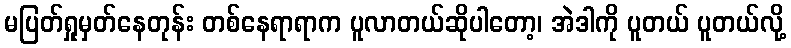
မပြတ်ရှုမှတ်နေတုန်း တစ်နေရာရာက ပူလာတယ်ဆိုပါတော့၊ အဲဒါကို ပူတယ် ပူတယ်လို့